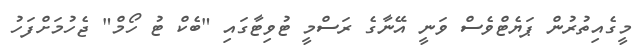
މީގެއިތުރުން ޕަޔެޓްވެސް ވަނީ އޭނާގެ ރަސްމީ ޓުވިޓާގައި "ބެކް ޓު ހޯމް" ޖެހުމަށްފަހު